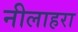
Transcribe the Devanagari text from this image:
नीलाहरा